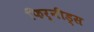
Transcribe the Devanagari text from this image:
फिर्नीड्स